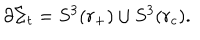
\partial \Sigma _ { t } = S ^ { 3 } ( r _ { + } ) \cup S ^ { 3 } ( r _ { c } ) .